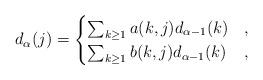
LaTeX: \begin{align*}d_{\alpha}(j)=\begin{cases}\sum_{k\ge 1} a(k,j)d_{\alpha-1}(k) & ,\\\sum_{k\ge 1} b(k,j)d_{\alpha-1}(k) & ,\end{cases}\end{align*}